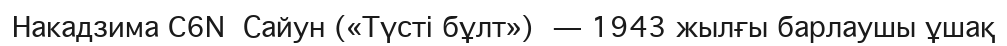
Накадзима C6N  Сайун («Түсті бұлт») — 1943 жылғы барлаушы ұшақ